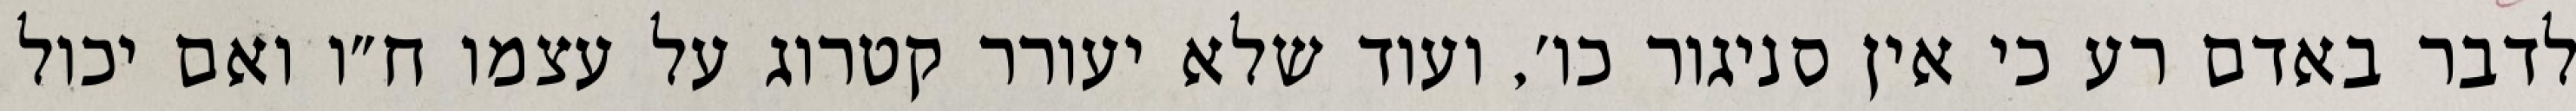
לדבר באדם רע כי אין סניגור כו׳, ועוד שלא יעורר קטרוג על עצמו ח״ו ואם יכול